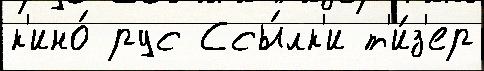
к'ино́ рус Ссы́лк'и т'и́з'ер